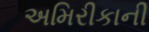
અમિરીકાની